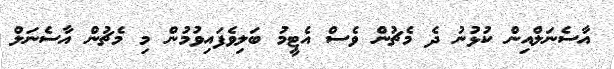
އާސެނަލްއިން ކުޅުނު ދެ މެޗުން ވެސް އެޓީމު ބަލިވެފައިވުމުން މި މެޗުން އާސެނަލް